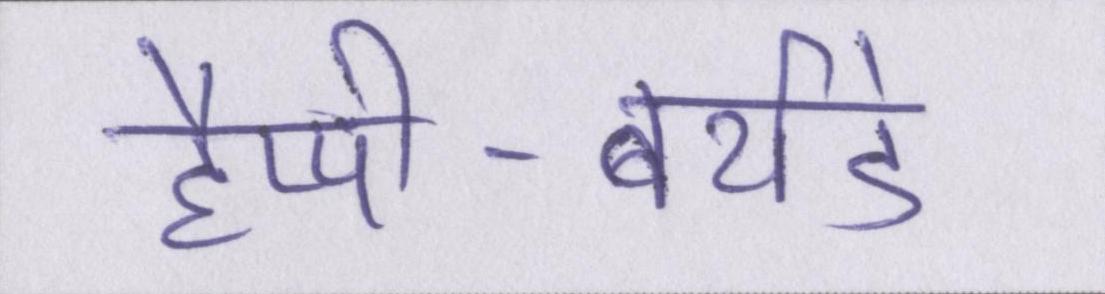
हैप्पी-बर्थडे